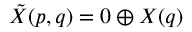
{ \tilde { X } } ( p , q ) = 0 \oplus X ( q )